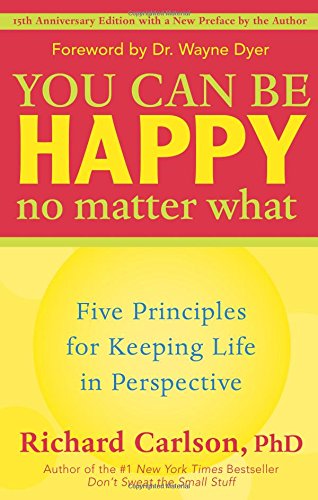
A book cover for You Can Be Happy No Matter What: Five Principles for Keeping Life in Perspective; Richard Carlson; Health, Fitness & Dieting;